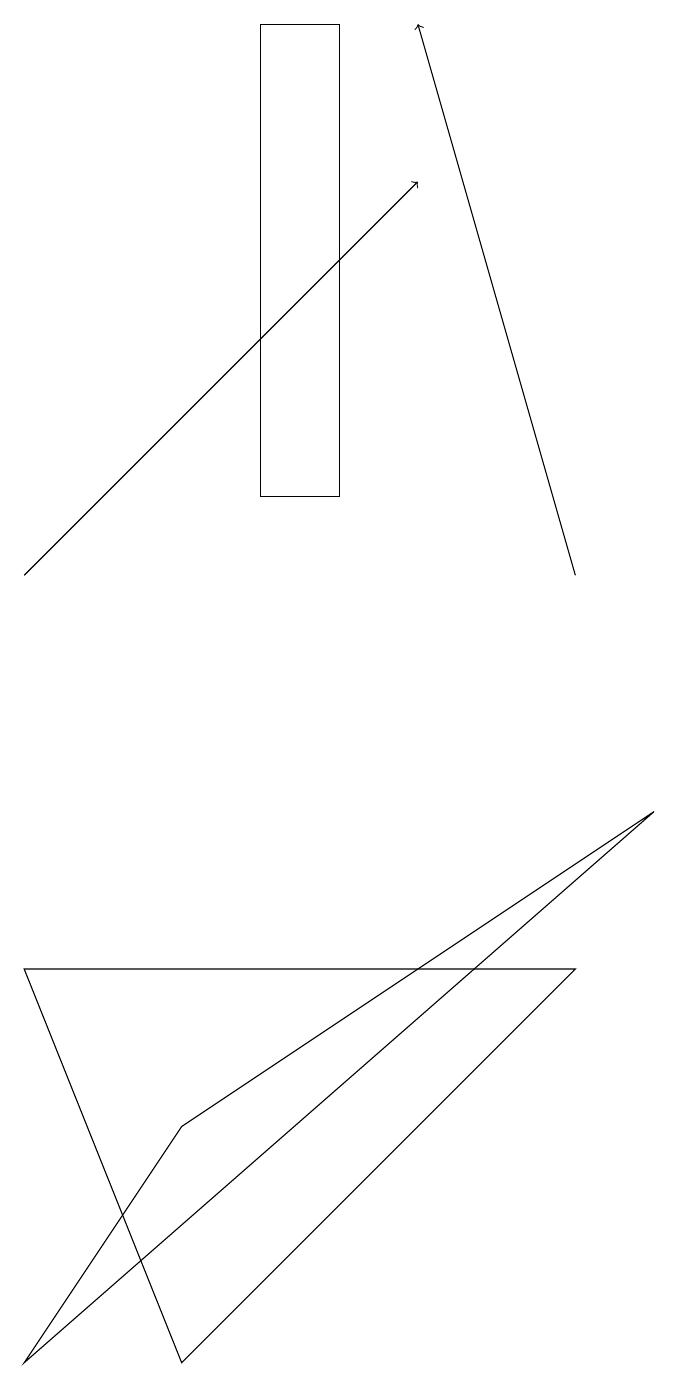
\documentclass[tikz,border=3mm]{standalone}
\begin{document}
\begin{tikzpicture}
\draw[->] (8,11) -- (6,18);
\draw (3,4) -- (1,1) -- (9,8) -- cycle;
\draw (1,6) -- (3,1) -- (8,6) -- cycle;
\draw (5,12) rectangle (4,18);
\draw[->] (1,11) -- (6,16);
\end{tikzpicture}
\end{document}